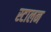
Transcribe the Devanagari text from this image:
स्टालन